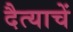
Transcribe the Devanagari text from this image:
दैत्याचें